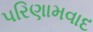
પરિણામવાદ